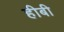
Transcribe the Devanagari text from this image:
हीबी